Vaccination North-Western Provinces and Oudh 1896-1901 - 1896-1901
Year: 1896
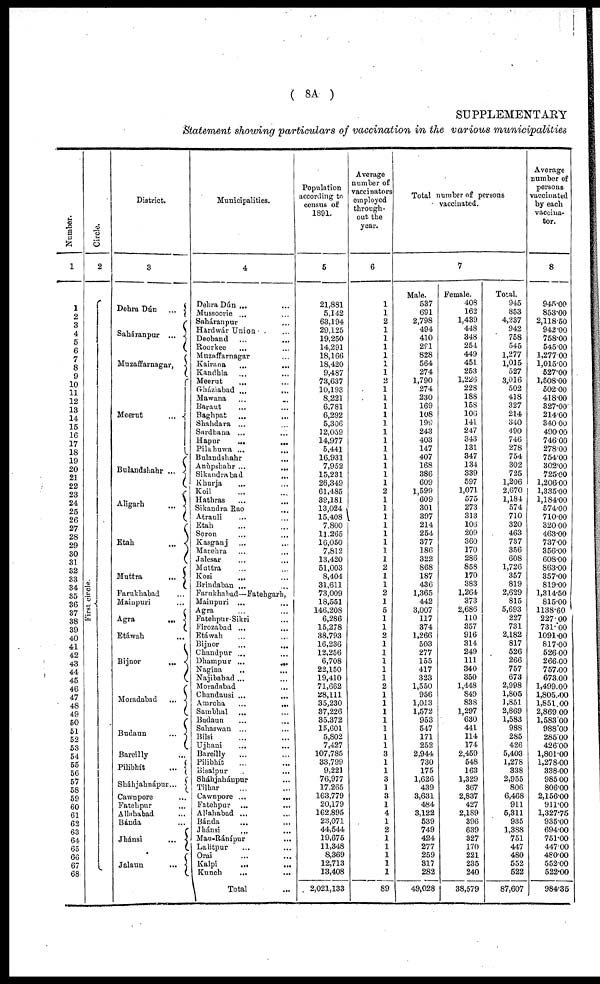
( 8A )
SUPPLEMENTARY
Statement showing particulars of vaccination in the various municipalities
Number.
1
1
2
3
4
5
6
7
8
9
10
11
12
13
14
15
16
17
18
19
20
21
22
23
24
25
26
27
28
29
30
31
32
33
34
35
36
37
38
39
40
41
42
43
44
45
46
47
48
49
50
51
52
53
54
55
56
57
58
59
60
61
62
63
64
65
66
67
68
Circle.
2
First circle.
District.
3
Dehra Dún
...
Saháranpur
...
Muzaffarnagar,
Meerut ...
Bulandshahr ...
Aligarh
...
Etah
...
Muttra
...
Farukhabad ...
Mainpuri ...
Agra
...
Etáwah...
Bijnor
...
Moradabad
...
Budaun
...
Bareilly ...
Pilibhít
...
Sháhjahnápur
...
Cawnpore ...
Fatehpur ...
Allahabad ...
Bánda ...
Jhánsi ...
Jalaun
...
Municipalities.
4
Dehra Dún ... ...
Mussoorie ... ...
Saháranpur ...
Hardwár Union ...
Deoband ... ...
Roorkee ... ...
Muzaffarnagar
Kairana ... ...
Kandhla ... ...
Meerut ... ...
Gháziabad
...
...
Mawana ... ...
Baraut ... ...
Baghpat ... ...
Shahdara ... ...
Sardhana ... ...
Hapur
...
...
Pilkhuwa
...
...
Bulandshahr ...
Anùpshahr
...
...
Sikandrabad ...
Khurja ... ...
Koil ... ...
Hathras ... ...
Sikandra Rao ...
Atrauli ... ...
Etah ... ...
Soron ... ...
Kasganj ... ...
Marehra ... ...
Jalesar ... ...
Muttra ... ...
Kosi ... ...
Brindaban ... ...
Farukhabad—Fatehgarh,
Mainpuri ... ...
Agra ... ...
Fatehpur-Sikri ...
Firozabad ... ...
Etáwah ... ...
Bijnor
...
...
Chandpur ...
Dhampur
...
...
Nagina ... ...
Najibabad ...
Moradabad ...
Chandausi
...
...
Amroha
...
...
Sambhal ... ...
Budaun ... ...
Sahaswan ... ...
Bilsi ... ...
Ujhani ... ...
Bareilly ... ...
Pilibhít ... ...
Bisalpur ... ...
Sháhjaháupur ...
Tilhar ... ...
Cawnpore
...
...
Fatehpur ... ...
Allahabad ... ...
Bánda ... ...
Jhánsi
...
...
Mau-Ránipur
...
Lalitpur ... ...
Orai ... ...
Kalpi ... ...
Kunch ... ...
Total ...
Population
according to
census of
1891.
5
21,881
5,142
63,194
29,125
19,250
14,291
18,166
18,420
9,487
73,637
10,193
8,221
6,781
6,292
5,306
12,059
14,977
5,441
16,931
7,952
15,231
26,349
61,485
39,181
13,024
15,408
7,800
11,265
16,050
7,812
13,420
51,003
8,404
31,611
73,009
18,551
146,208
6,286
15,278
38,793
16,236
12,256
6,708
22,150
19,410
71,662
28,111
35,230
37,226
35,372
15,601
5,802
7,427
107,785
33,799
9,221
76,977
17,265
163,779
20,179
162,895
23,071
44,544
19,675
11,348
8,369
12,713
13,408
2,021,133
Average
number of
vaccinators
employed
through-
out the
year.
6
1
1
2
1
1
1
1
1
1
2
1
1
1
1
1
1
1
1
1
1
1
1
2
1
1
1
1
1
1
1
1
2
1
1
2
1
5
1
1
2
1
1
1
1
1
2
1
1
1
1
1
1
1
3
1
1
3
1
3
1
4
1
2
1
1
1
1
1
89
Total number of persons
vaccinated.
7
Male.
537
691
2,798
494
410
291
828
564
274
1,790
274
230
169
108
199
243
403
147
407
168
386
609
1,599
609
301
397
214
254
377
186
322
868
187
436
1,365
442
3,007
117
374
1,266
503
277
155
417
323
1,550
956
1,013
1,572
953
547
171
252
2,944
730
175
1,626
439
3,631
484
3,122
539
749
424
277
259
317
282
49,028
Female.
408
162
1,439
448
348
254
449
451
253
1,226
228
188
158
106
141
247
343
131
347
134
339
597
1,071
575
273
313
106
209
360
170
286
858
170
383
1,264
373
2,686
110
357
916
314
249
111
340
350
1,448
849
838
1,297
630
441
114
174
2,459
548
163
1,329
367
2,837
427
2,189
396
639
327
170
221
235
240
38,579
Total.
945
853
4,237
942
758
545
1,277
1,015
527
3,016
502
418
327
214
340
490
746
278
754
302
725
1,206
2,670
1,184
574
710
320
463
737
356
608
1,726
357
819
2,629
815
5,693
227
731
2,182
817
526
266
757
673
2,998
1,805
1,851
2,869
1,583
988
285
426
5,403
1,278
338
2,955
806
6,468
911
5,311
935
1,388
751
447
480
552
522
87,607
Average
number of
persons
vaccinated
by each
vaccina-
tor.
8
945.00
853.00
2,118.50
942.00
758.00
545.00
1,277.00
1,015.00
527.00
1,508.00
502.00
418.00
327.00
214.00
340.00
490.00
746.00
278.00
754.00
302.00
725.00
1,206.00
1,335.00
1,184.00
574.00
710.00
320.00
463.00
737.00
356.00
608.00
863.00
357.00
819.00
1,314.50
815.00
1138.60
227.00
731.00
1091.00
817.00
526.00
266.00
757.00
673.00
1,499.00
1,805.00
1,851.00
2,869.00
1,583.00
988.00
285.00
426.00
1,801.00
1,278.00
338.00
985.00
806.00
2,156.00
911.00
1,327.75
935.00
694.00
751.00
447.00
480.00
552.00
522.00
984.35